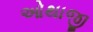
ઓથાજી